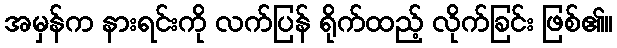
အမှန်က နားရင်းကို လက်ပြန် ရိုက်ထည့် လိုက်ခြင်း ဖြစ်၏။